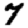
Digit: 7